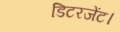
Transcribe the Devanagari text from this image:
डिटरजेंट।